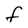
Character: f